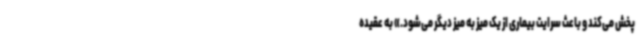
پخش می‌کند و باعث سرایت بیماری از یک میز به میز دیگر می‌شود.» به عقیده